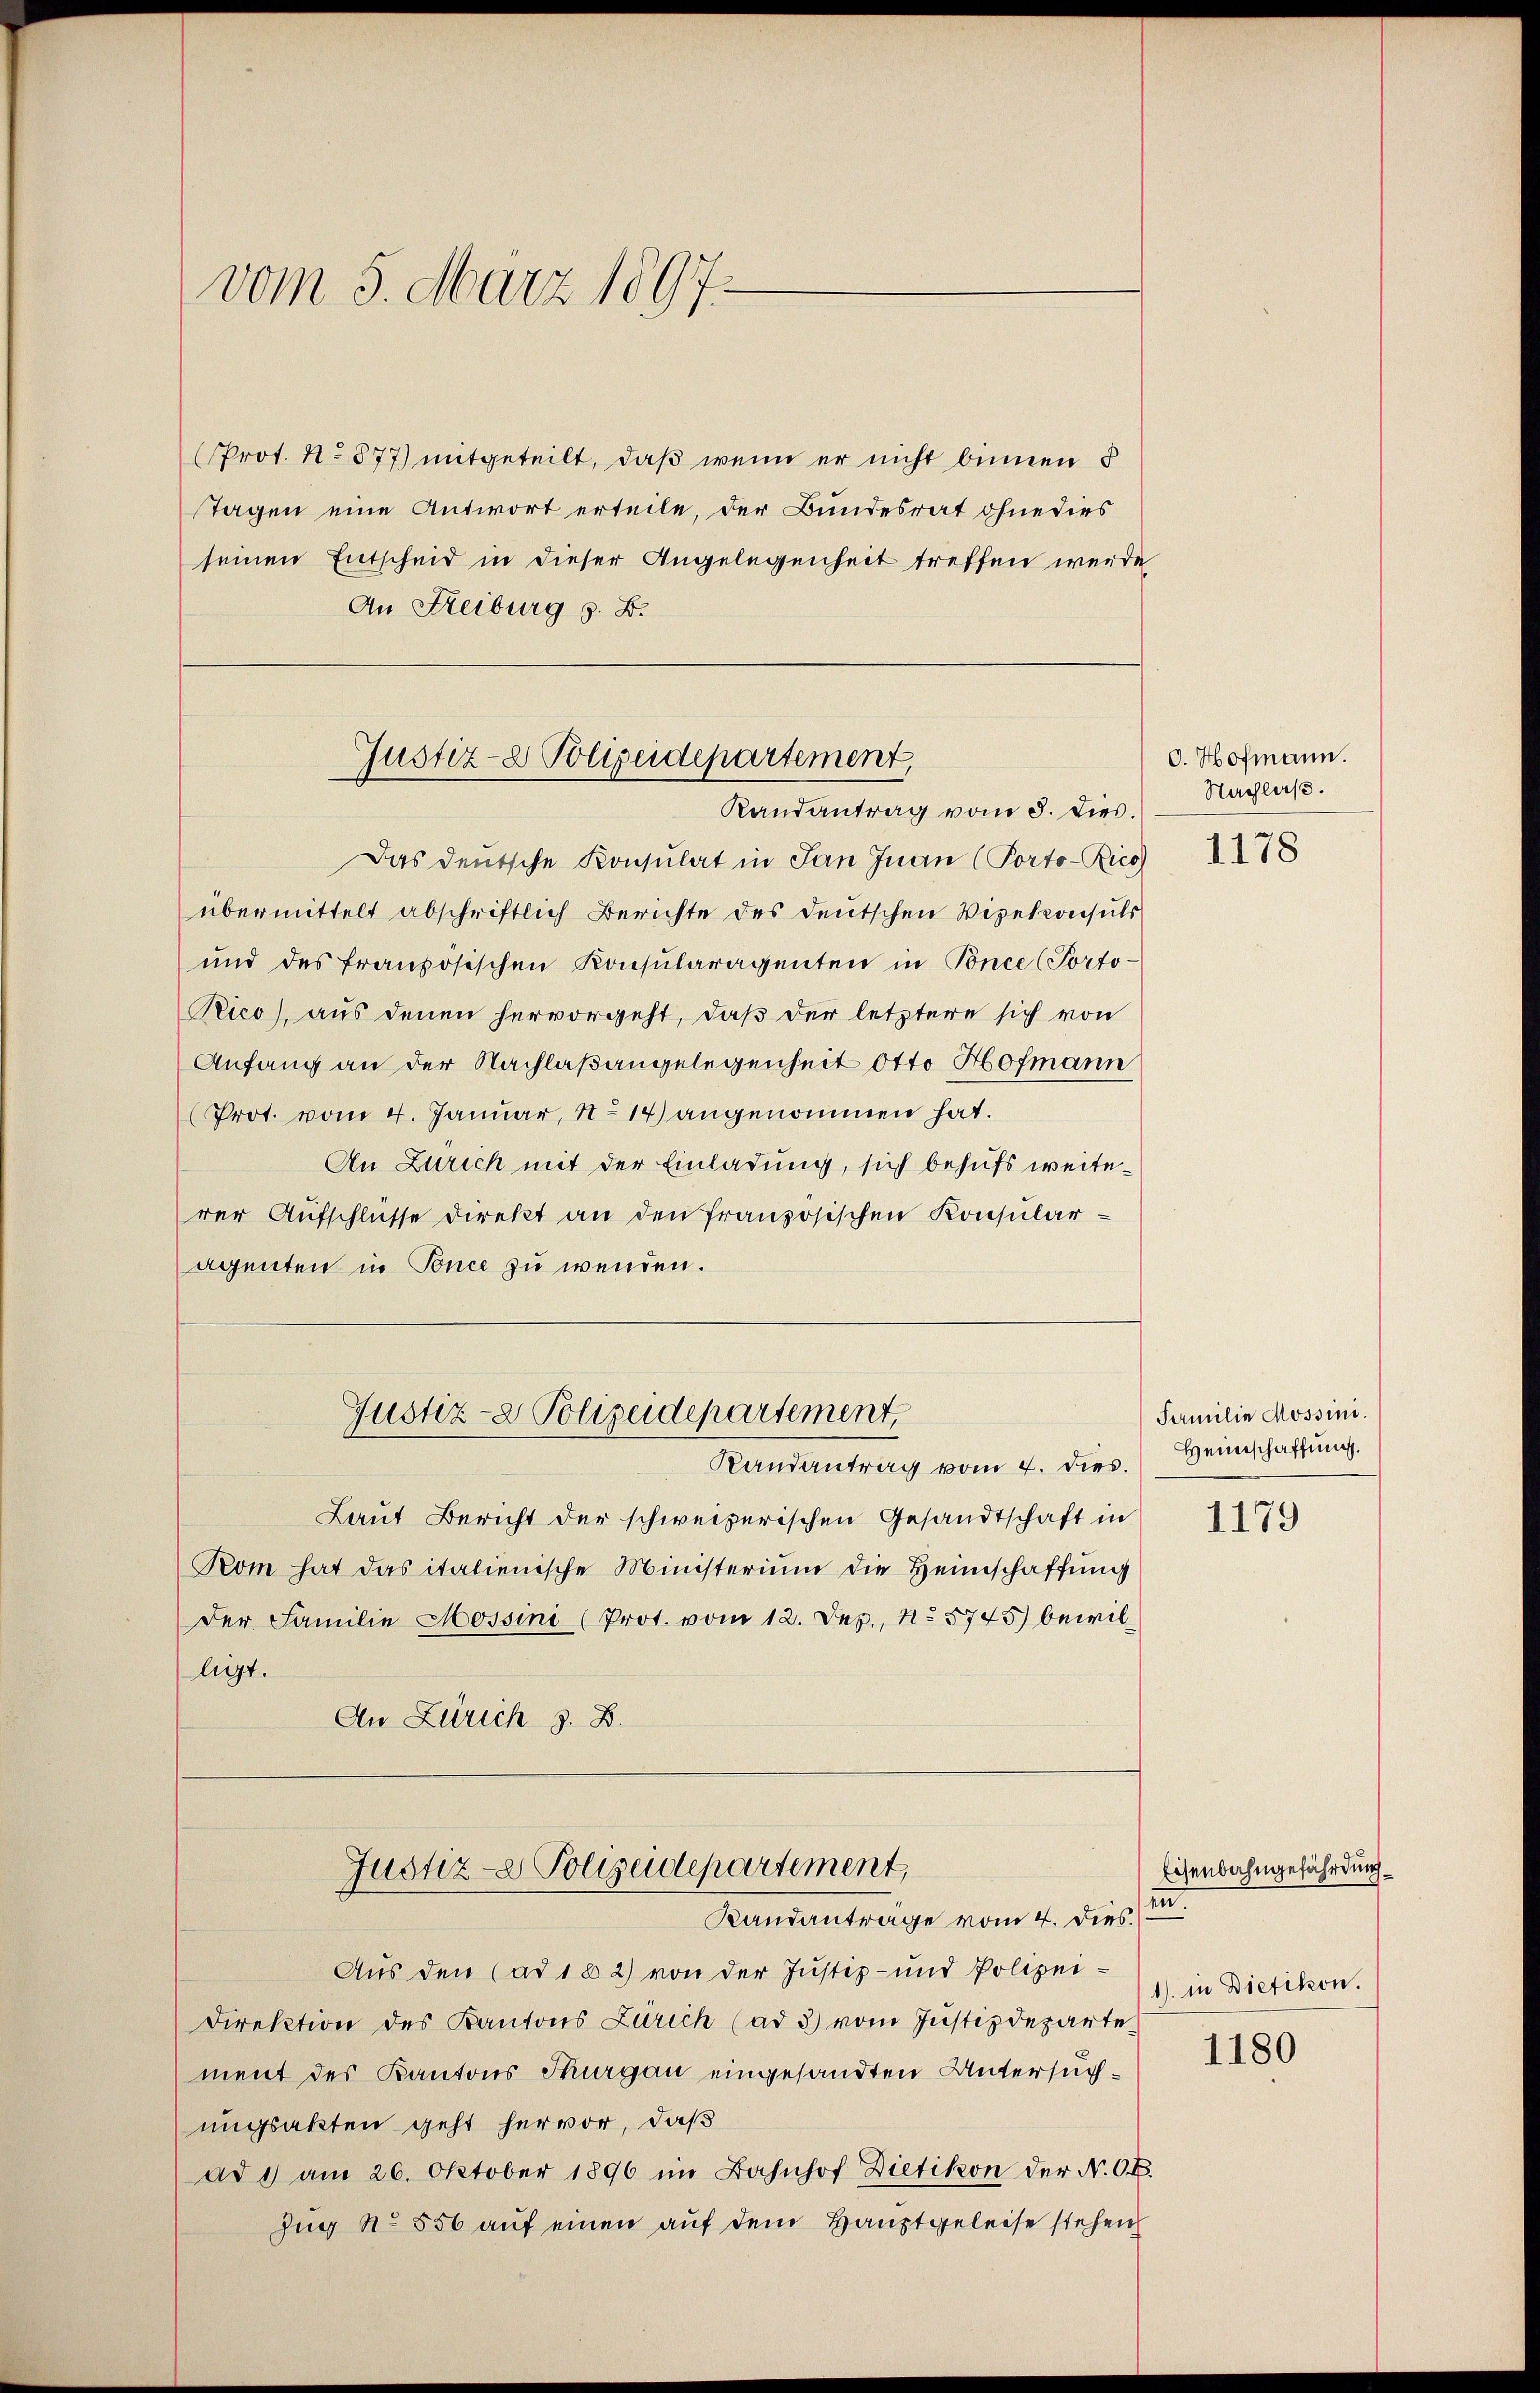
vom 5. März 1897.

(Prot. No 877) mitgeteilt, daß wenn er nicht binnen
Tagen eine Antwort erteile, der Bundesrat ohne dies
seinen Entscheid in dieser Angelegenheit treffen werde
An Freiburg z. B.

Justiz- Polizeidepartement
Randantrag vom 3. dies.

Das deutsche Konsulat in San Juan (Porto-Rico
übermittelt abschriftlich Berichte des deutschen Vizekonsuls
und des französischen Konsularagenten in Ponce (Porto
Rico), aus denen hervorgeht, daß der letztere sich von
Anfang an der Nachlaßangelegenheit Otto Hofmann
Prot. vom 4. Januar, No 14) angenommen hat.
An Zürich mit der Einladung, sich behufs weiterer Aufschlüsse direkt an den französischen Konsularagenten in Tonce zu wenden.
Justiz- & Polizeidepartement
Randantrag vom 4. dies.
Laut Bericht der schweizerischen Gesandtschaft in
Kom hat das italienische Ministerium die Heimschaffung
Der Familie Mossini (Prot. vom 12. Dep., N. 5745) bewilligt.
An Zürich z. B.

Justiz- & Polizeidepartement,
Randantrage vom 4. dies.

Aus den (ad 162) von der Justiz- und Polizei¬
Direktion des Kantons Zürich (ad 3) vom Justizdeparte
ment des Kantons Thurgau eingesandten Untersuchungsakten geht hervor, daß
ad 1) am 26. Oktober 1896 im Bahnhof Dietikon der N. O.
Zug No 856 auf einen auf dem Hauptgeleise stehen

O. Hofmann.
Nachlaß.
1178

Familie Mossini.
Heimschaffung.

1179

Eisenbahngefährdung
en.
1) in Dietikon.

1180